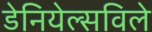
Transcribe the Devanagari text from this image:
डेनियेल्सविले